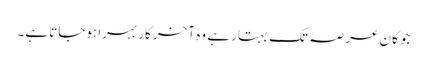
جو کان عرصہ تک بہتا رہے وہ آخر کار بہرا ہوجاتا ہے۔